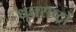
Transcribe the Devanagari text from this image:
धृतराष्ट्रों